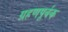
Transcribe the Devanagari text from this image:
ग्रहणपूर्वक